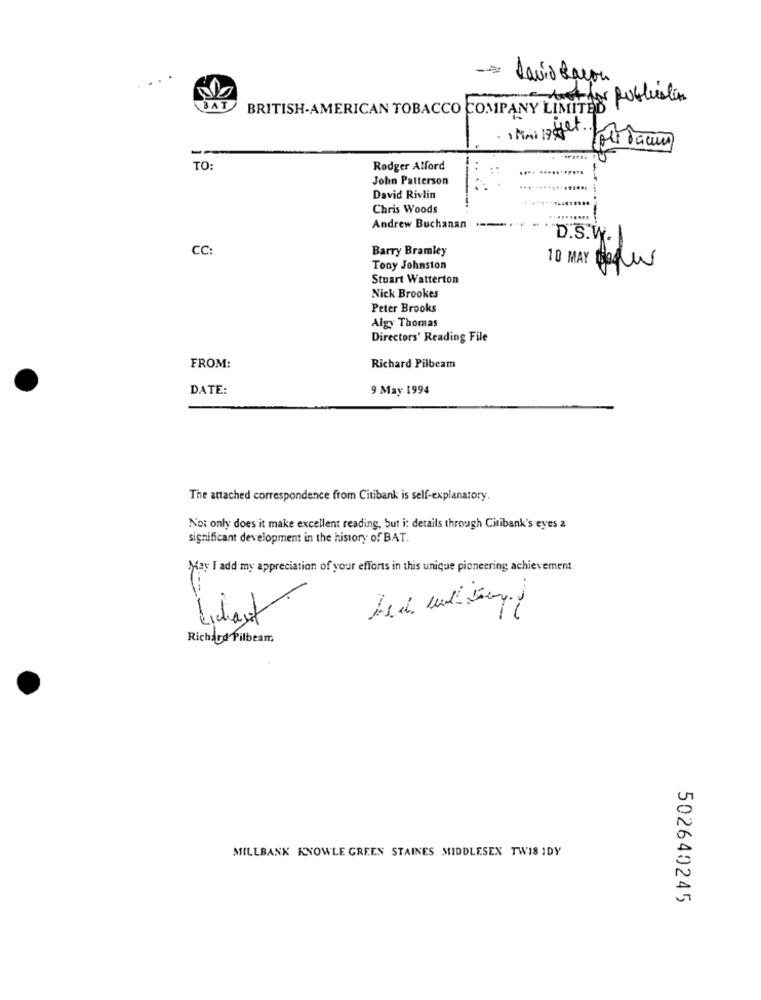
-
david Racon
dost for publication
BAT
BRITISH-AMERICAN TOBACCO COMPANY LIMITED
--
TO:
Rodger Afford
John Patterson
David Rivlin
Chris Woods
--
Andrew Buchanan
D.S.W.
CC:
Barry Bramley
Tony Johnston
10 MAY DOAL
Stuart Watterton
Nick Brookes
Peter Brooks
Algy Thomas
Directors' Reading File
FROM:
Richard Pilbeam
DATE:
9 May 1994
The attached correspondence from Citibank is self-explanatory.
Not only does it make excellent reading, but i: details through Citibank's eyes a
significant development in the history of BAT.
May I add my appreciation of your efforts in this unique pioneering achievement.
Lichauf
3
Richard Pilbeam
MILLBANK KNOWLE GREEN STAINES MIDDLESEX TWIS IDY
502640245